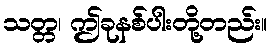
သတ္တ၊ ဤခုနစ်ပါးတို့တည်း။